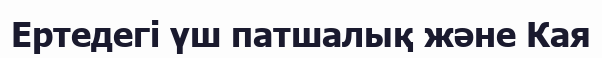
Ертедегі үш патшалық және Кая